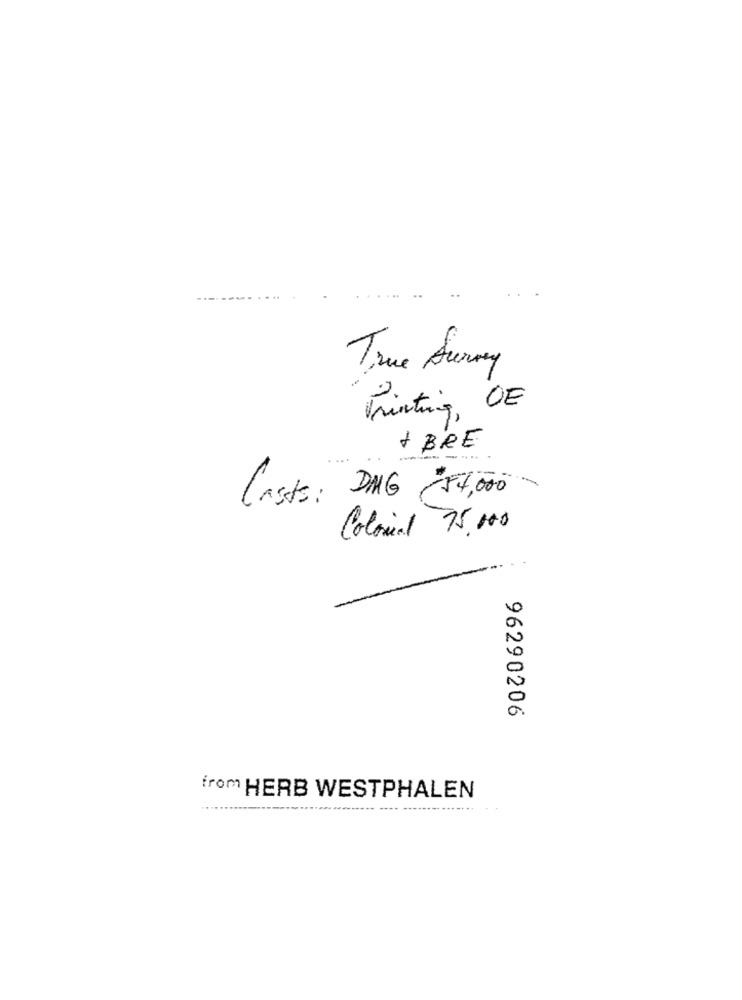
-----
True Auray
2.
Printing, DE
+ BRE
Casts: DMG 84,00
Colonial 75,000
C
a
96290206
from HERB WESTPHALEN
---